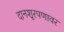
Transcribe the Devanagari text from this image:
दानशूरपणावर